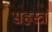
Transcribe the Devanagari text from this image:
सहस्त्रं